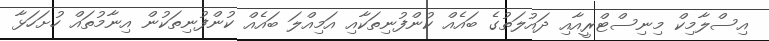
އިސްލާމިކް މިނިސްޓްރީއާއި ދައުލަތުގެ ބައެއް ކުންފުނިތަކާއި އަމިއްލަ ބައެއް ކުންފުނިތަކުން އިނާމުތައް ހުށަހަޅާ